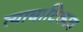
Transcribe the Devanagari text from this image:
त्याचाटिकाव